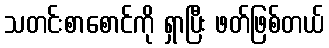
သတင်းစာစောင်ကို ရှာပြီး ဖတ်ဖြစ်တယ်